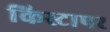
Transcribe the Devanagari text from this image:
किस्टापर